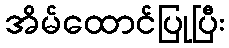
အိမ်ထောင်ပြုပြီး